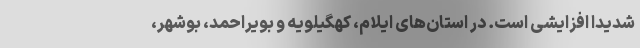
شدیدا افزایشی است. در استان‌های ایلام، کهگیلویه و بویراحمد، بوشهر،